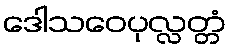
ဒေါသဝေပုလ္လတ္တံ